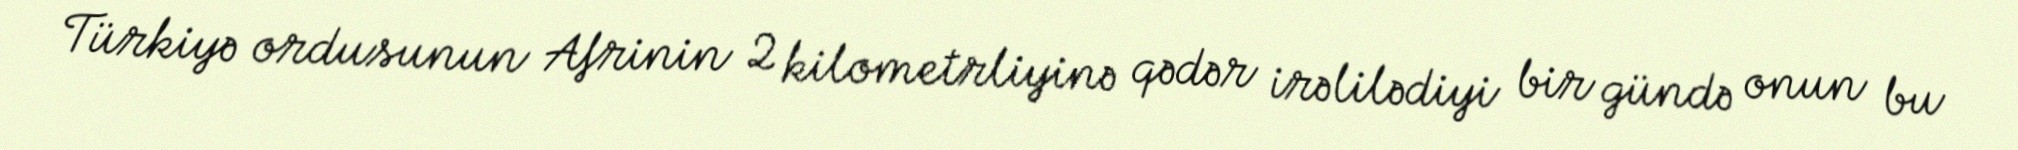
Türkiyə ordusunun Afrinin 2 kilometrliyinə qədər irəlilədiyi bir gündə onun bu